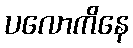
ပလောကိနေ